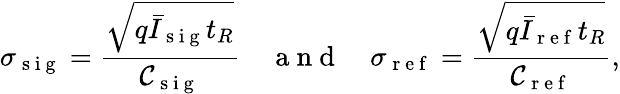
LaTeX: \sigma_{\mathrm{~s~i~g~}}=\frac{\sqrt{q\bar{I}_{\mathrm{~s~i~g~}}t_{R}}}{\mathcal{C}_{\mathrm{~s~i~g~}}}\quad\mathrm{~a~n~d~}\quad\sigma_{\mathrm{~r~e~f~}}=\frac{\sqrt{q\bar{I}_{\mathrm{~r~e~f~}}t_{R}}}{\mathcal{C}_{\mathrm{~r~e~f~}}},